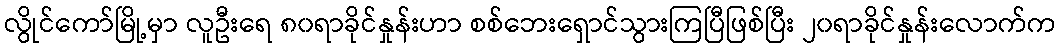
လွိုင်ကော်မြို့မှာ လူဦးရေ ၈၀ရာခိုင်နှုန်းဟာ စစ်ဘေးရှောင်သွားကြပြီဖြစ်ပြီး ၂၀ရာခိုင်နှုန်းလောက်က